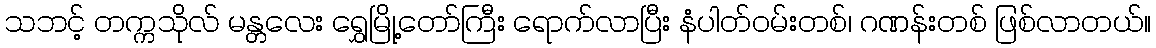
သဘင့် တက္ကသိုလ် မန္တလေး ရွှေမြို့တော်ကြီး ရောက်လာပြီး နံပါတ်ဝမ်းတစ်၊ ဂဏန်းတစ် ဖြစ်လာတယ်။